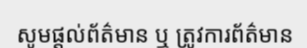
សូមផ្តល់ព័ត៌មាន ឬ ត្រូវការព័ត៌មាន